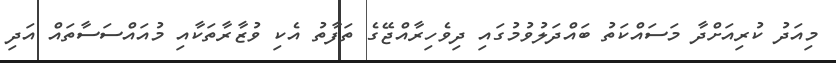
މިއަދު ކުރިއަށްދާ މަސައްކަތު ބައްދަލުވުމުގައި ދިވެހިރާއްޖޭގެ ތަފާތު އެކި ވުޒާރާތަކާއި މުއައްސަސާތައް އަދި